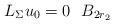
LaTeX: \begin{align*} L_{\Sigma}u_0 = 0 \ \ B_{2r_2} \end{align*}